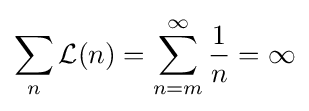
\sum _{n}{\mathcal {L}}(n)=\sum _{n=m}^{\infty }{\frac {1}{n}}=\infty